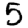
Digit: 5